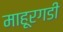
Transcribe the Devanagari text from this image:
माहूरगडी